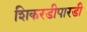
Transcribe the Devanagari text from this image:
शिकरडीपारडी